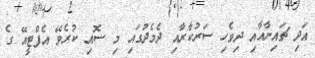
އަދި ޗައިނާއާއި ދިވެހި ސަރުކާރާއި ދެމެދުގައި މި ސޮއި ކުރެވޭ އެފްޓީއޭ ގެ